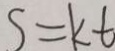
s = k t